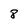
Character: 8